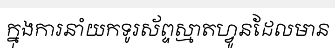
ក្នុងការនាំយកទូរស័ព្ទស្មាតហ្វូនដែលមាន